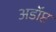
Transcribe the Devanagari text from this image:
अडॉप्ट